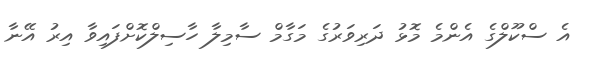
އެ ސްކޫލްގެ އެންމެ މޮޅު ދަރިވަރުގެ މަގާމް ސާމިލާ ހާސިލްކޮށްފައިވާ އިރު އޭނާ